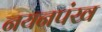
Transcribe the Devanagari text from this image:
नयनपंख